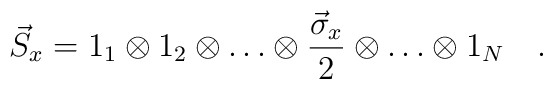
\vec{S}_{x}=1_{1}\otimes 1_{2}\otimes \ldots \otimes \frac{\vec{\sigma}_{x}}{2} \otimes \ldots \otimes 1_{N}\quad .